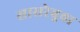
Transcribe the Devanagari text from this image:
सासरेबुवा